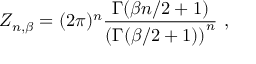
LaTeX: Z _ { n , \beta } = ( 2 \pi ) ^ { n } { \frac { \Gamma ( \beta n / 2 + 1 ) } { \left( \Gamma ( \beta / 2 + 1 ) \right) ^ { n } } } ~ ,